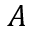
A